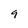
Character: 9